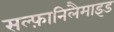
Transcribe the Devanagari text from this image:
सल्फ़ानिलैमाइड